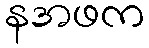
နအဖက